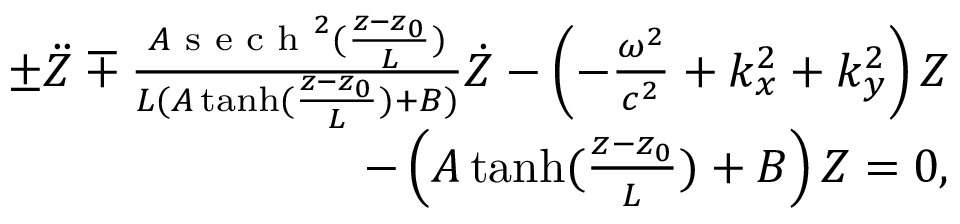
\begin{array} { r } { \pm \ddot { Z } \mp \frac { A \textrm { s e c h } ^ { 2 } ( \frac { z - z _ { 0 } } { L } ) } { L ( A \operatorname { t a n h } ( \frac { z - z _ { 0 } } { L } ) + B ) } \dot { Z } - \left( - \frac { \omega ^ { 2 } } { c ^ { 2 } } + k _ { x } ^ { 2 } + k _ { y } ^ { 2 } \right) Z } \\ { - \left( A \operatorname { t a n h } ( \frac { z - z _ { 0 } } { L } ) + B \right) Z = 0 , } \end{array}